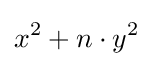
x^{2}+n\cdot y^{2}